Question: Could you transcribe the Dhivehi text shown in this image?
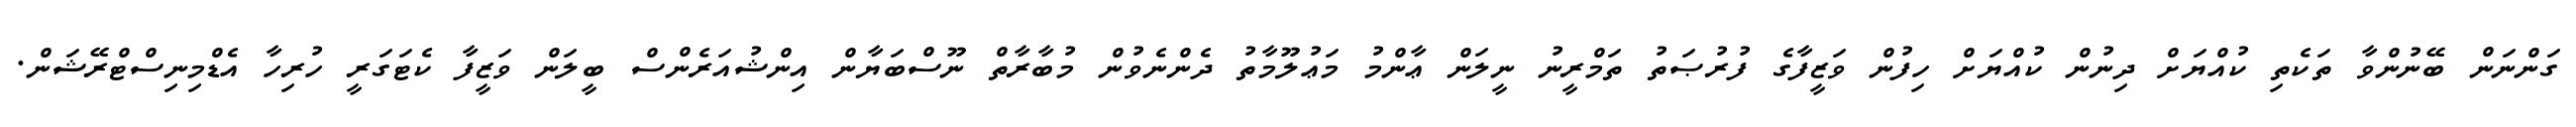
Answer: ގަންނަން ބޭނުންވާ ތަކެތި ކުއްޔަށް ދިނުން ކުއްޔަށް ހިފުން ވަޒީފާގެ ފުރުޞަތު ތަމްރީނު ނީލަން ޢާންމު މަޢުލޫމާތު ދެންނެވުން މުބާރާތް ނޫސްބަޔާން އިންޝުއަރެންސް ބީލަން ވަޒީފާ ކެޓަގަރީ ހުރިހާ އެޑްމިނިސްޓްރޭޝަން.